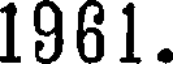
1961.